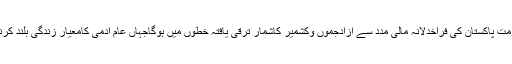
انھوں نے کہاکہ حکومت پاکستان کی فراخدلانہ مالی مدد سے آزادجموں وکشمیر کاشمار ترقی یافتہ خطوں میں ہوگاجہاں عام آدمی کامعیار زندگی بلند کرنے میں مدد ملے گی۔